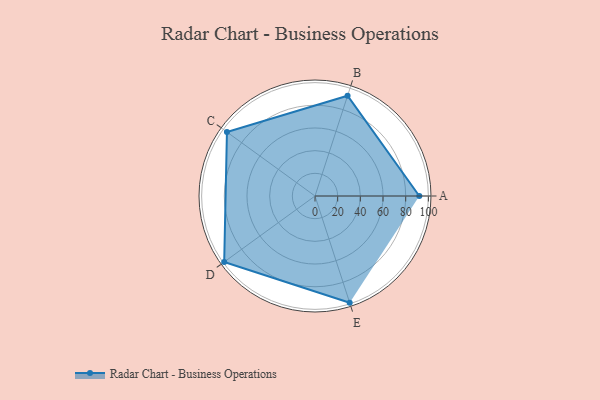
{"axis": {"x": "Skill", "y": "Score"}, "legend": ["Profile"], "data": [{"x": "A", "y": 92.0, "type": "Profile"}, {"x": "B", "y": 93.0, "type": "Profile"}, {"x": "C", "y": 96.0, "type": "Profile"}, {"x": "D", "y": 99.0, "type": "Profile"}, {"x": "E", "y": 99, "type": "Profile"}]}